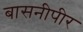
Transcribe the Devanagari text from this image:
बासनीपीर